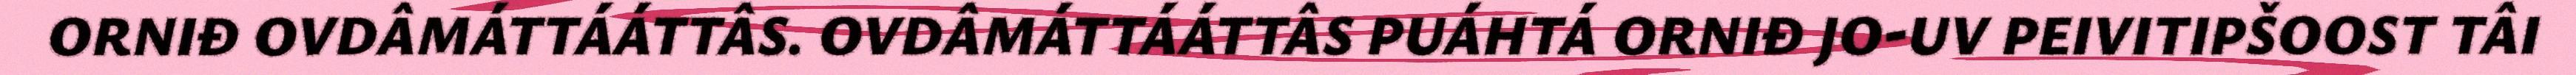
ORNIĐ OVDÂMÁTTÁÁTTÂS. OVDÂMÁTTÁÁTTÂS PUÁHTÁ ORNIĐ JO-UV PEIVITIPŠOOST TÂI